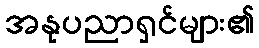
အနုပညာရှင်များ၏